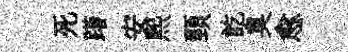
死躇安煕頸訖臭愈